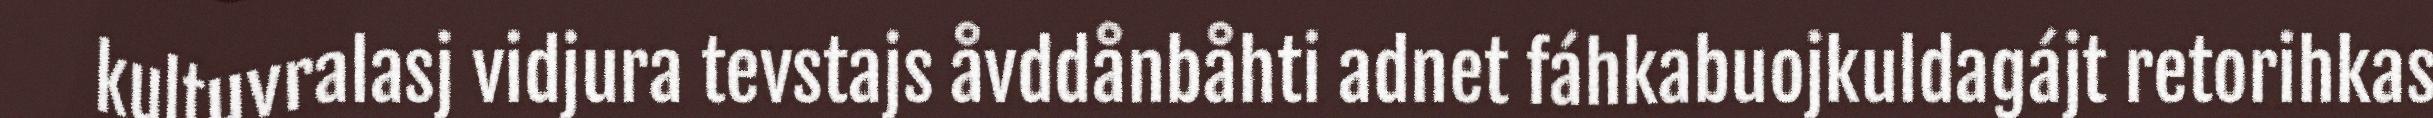
kultuvralasj vidjura tevstajs åvddånbåhti adnet fáhkabuojkuldagájt retorihkas